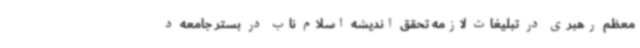
معظم رهبری در تبلیغات لازمه تحقق اندیشه اسلام ناب در بستر جامعه د